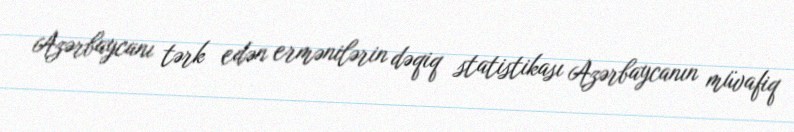
Azərbaycanı tərk edən ermənilərin dəqiq statistikası Azərbaycanın müvafiq